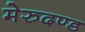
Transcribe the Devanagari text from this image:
मेरुदण्‍ड